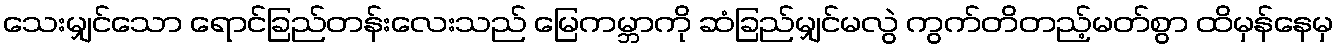
သေးမျှင်သော ရောင်ခြည်တန်းလေးသည် မြေကမ္ဘာကို ဆံခြည်မျှင်မလွဲ ကွက်တိတည့်မတ်စွာ ထိမှန်နေမှ